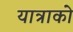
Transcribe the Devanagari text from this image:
यात्राको